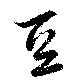
豆